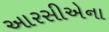
આરસીએના